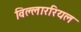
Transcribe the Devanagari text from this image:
विल्लाररियल